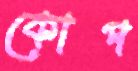
কোপ